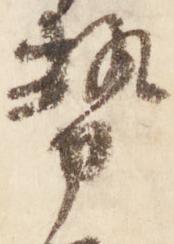
勢